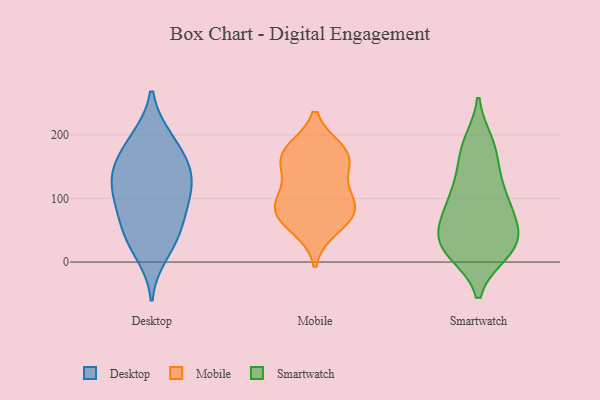
{"axis": {"x": "Latency (ms)", "y": "Value"}, "legend": ["Desktop", "Mobile", "Smartwatch"], "data": [{"x": "", "y": 12, "type": "Desktop"}, {"x": "", "y": 157, "type": "Desktop"}, {"x": "", "y": 196, "type": "Desktop"}, {"x": "", "y": 61, "type": "Desktop"}, {"x": "", "y": 37, "type": "Desktop"}, {"x": "", "y": 121, "type": "Desktop"}, {"x": "", "y": 135, "type": "Desktop"}, {"x": "", "y": 196, "type": "Desktop"}, {"x": "", "y": 86, "type": "Desktop"}, {"x": "", "y": 95, "type": "Desktop"}, {"x": "", "y": 146, "type": "Desktop"}, {"x": "", "y": 106, "type": "Desktop"}, {"x": "", "y": 154, "type": "Desktop"}, {"x": "", "y": 43, "type": "Desktop"}, {"x": "", "y": 95, "type": "Mobile"}, {"x": "", "y": 84, "type": "Mobile"}, {"x": "", "y": 69, "type": "Mobile"}, {"x": "", "y": 53, "type": "Mobile"}, {"x": "", "y": 166, "type": "Mobile"}, {"x": "", "y": 175, "type": "Mobile"}, {"x": "", "y": 101, "type": "Mobile"}, {"x": "", "y": 176, "type": "Mobile"}, {"x": "", "y": 159, "type": "Mobile"}, {"x": "", "y": 136, "type": "Mobile"}, {"x": "", "y": 78, "type": "Mobile"}, {"x": "", "y": 82, "type": "Smartwatch"}, {"x": "", "y": 25, "type": "Smartwatch"}, {"x": "", "y": 180, "type": "Smartwatch"}, {"x": "", "y": 110, "type": "Smartwatch"}, {"x": "", "y": 131, "type": "Smartwatch"}, {"x": "", "y": 63, "type": "Smartwatch"}, {"x": "", "y": 174, "type": "Smartwatch"}, {"x": "", "y": 45, "type": "Smartwatch"}, {"x": "", "y": 17, "type": "Smartwatch"}, {"x": "", "y": 187, "type": "Smartwatch"}, {"x": "", "y": 24, "type": "Smartwatch"}, {"x": "", "y": 80, "type": "Smartwatch"}, {"x": "", "y": 25, "type": "Smartwatch"}, {"x": "", "y": 35, "type": "Smartwatch"}, {"x": "", "y": 77, "type": "Smartwatch"}, {"x": "", "y": 15, "type": "Smartwatch"}, {"x": "", "y": 122, "type": "Smartwatch"}]}